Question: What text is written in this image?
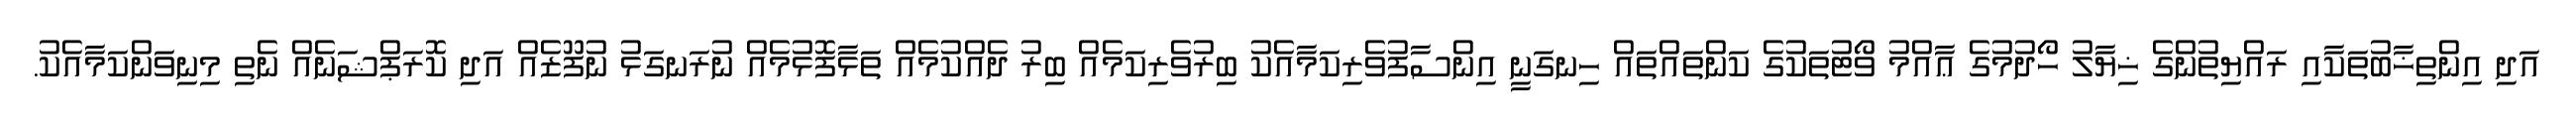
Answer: އަދި އިންތިޚާބުތަކާއި ރައްޔިތުންގެ ޚިޔާލު ހޯދުމުގެ ޢާއްމު ވޯޓުތަކުގެ ކަންތައްތައް ހިނގަނީ އިންސާފުވެރިކަމާއެކު ބިރުވެރިކަމެއް ބިރު ދެއްކުމެއް ތަޅާފޮޅުމެއް ނުރަނގަޅު ނުފޫޒެއް އަދި ކޮރަޕްޝަނެއް ނެތި މިނިވަންކަމާއެކު.